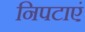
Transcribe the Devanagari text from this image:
निपटाएं